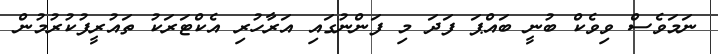
ނަމަވެސް ވިވެކް ބުނީ ބައްޕަ ފަދަ މި ފަންނުގައި އަރާހުރި އެކްޓަރަކު ތައުރީފުކުރުމުން